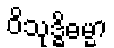
ဝိသုဒ္ဓိဓမ္မာ